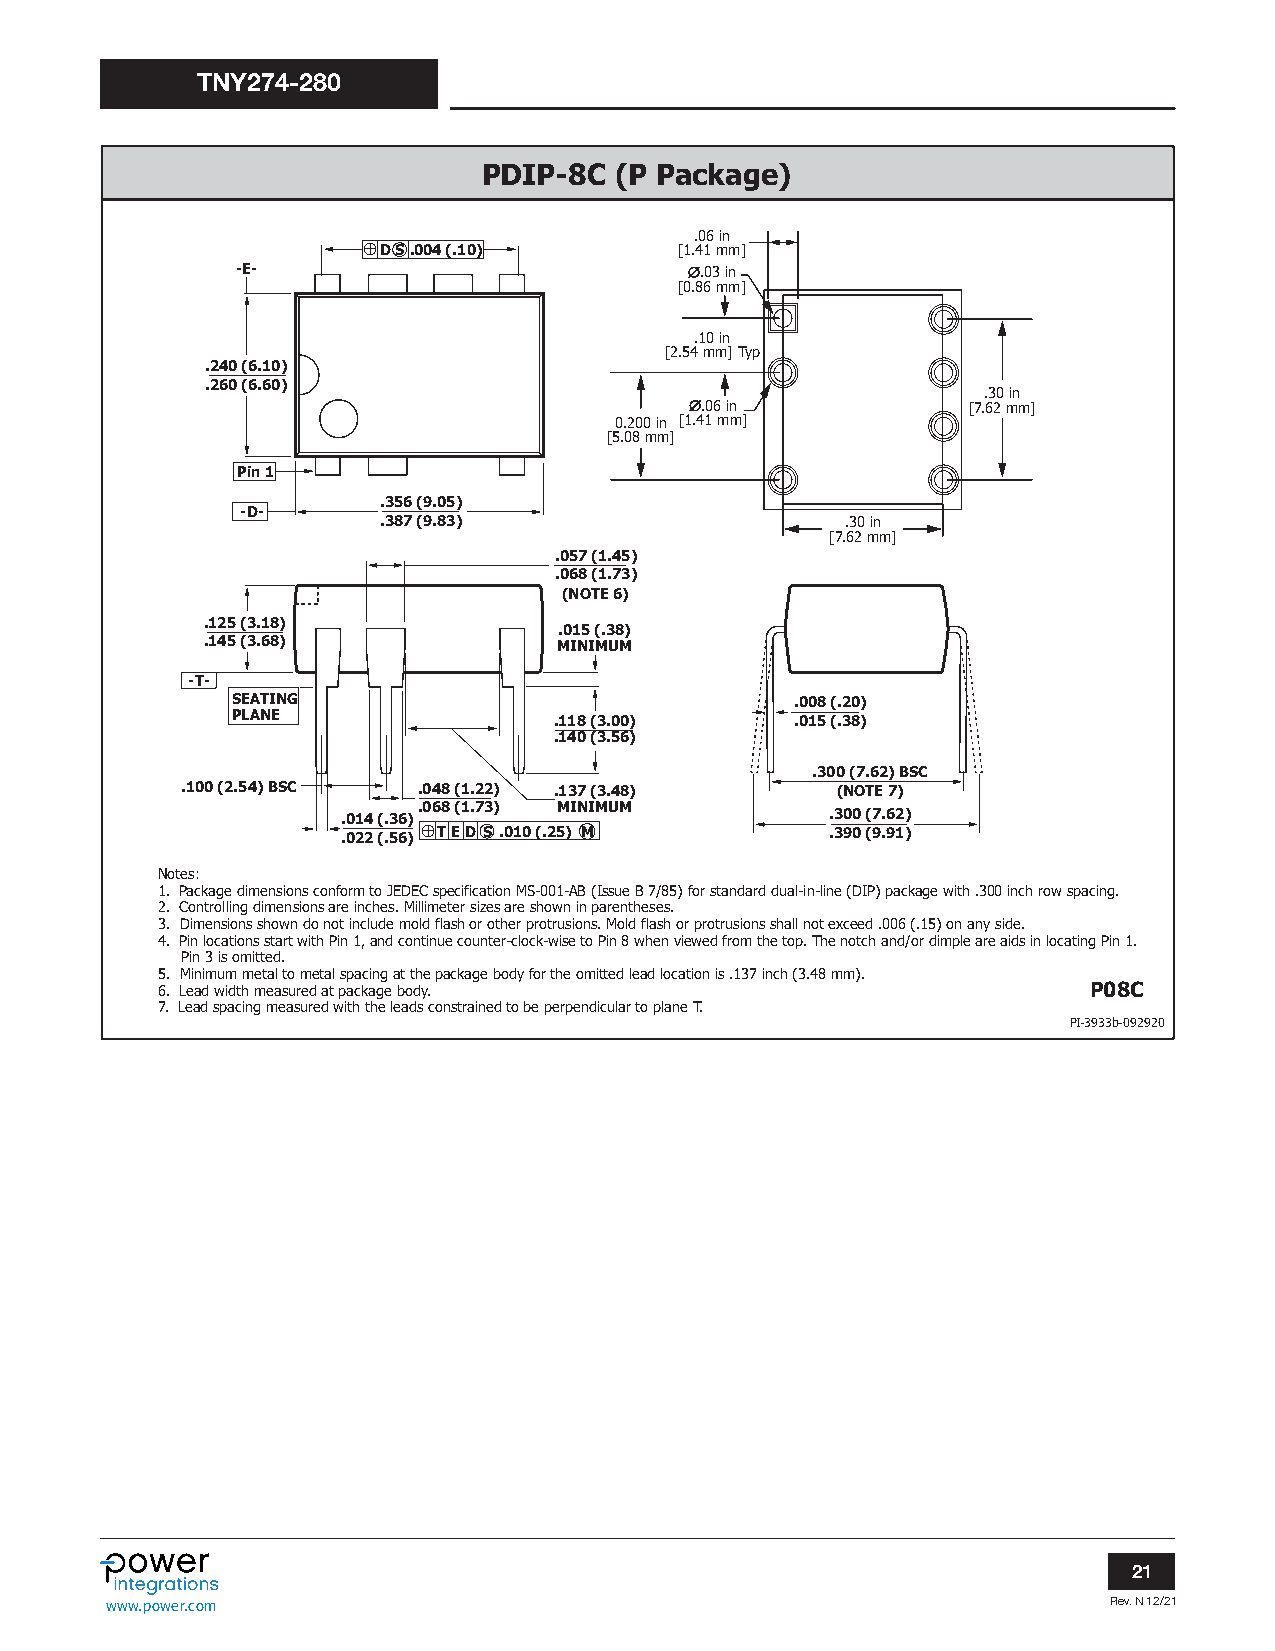
TNY274-280
 PDIP-8C  (P Package)
 .06 in
 ⊕D S.004 (.10)       [1.41 mm]
 -E-                           ∅.03 in
 [0.86 mm]
 .10 in
 [2.54 mm] Typ
 .240 (6.10)
 .260 (6.60)
 .30 in
 ∅.06 in           [7.62 mm]
 0.200 in [1.41 mm]
 [5.08 mm]
 Pin 1
 .356 (9.05)
 -D-
 .387 (9.83)                    .30 in
 [7.62 mm]
 .057 (1.45)
 .068 (1.73)
 (NOTE 6)
 .125 (3.18)
 .015 (.38)
 .145 (3.68)             MINIMUM
 -T-
 SEATING                               .008 (.20)
 PLANE                 .118 (3.00)     .015 (.38)
 .140 (3.56)
 .300 (7.62) BSC
 .100 (2.54) BSC .048 (1.22) .137 (3.48)    (NOTE 7)
 .068 (1.73) MINIMUM
 .014 (.36)                      .300 (7.62)
 .022 (.56) ⊕T E D S .010 (.25) M .390 (9.91)
 Notes:
 1. Package dimensions conform to JEDEC specification MS-001-AB (Issue B 7/85) for standard dual-in-line (DIP) package with .300 inch row spacing.
 2. Controlling dimensions are inches. Millimeter sizes are shown in parentheses.
 3. Dimensions shown do not include mold flash or other protrusions. Mold flash or protrusions shall not exceed .006 (.15) on any side.
 4. Pin locations start with Pin 1, and continue counter-clock-wise to Pin 8 when viewed from the top. The notch and/or dimple are aids in locating Pin 1.
 Pin 3 is omitted.
 5. Minimum metal to metal spacing at the package body for the omitted lead location is .137 inch (3.48 mm).
 6. Lead width measured at package body.                       P08C
 7. Lead spacing measured with the leads constrained to be perpendicular to plane T.
 PI-3933b-092920
 21
 www.power.com                                                     Rev. N 12/21